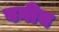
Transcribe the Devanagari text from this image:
वगीय